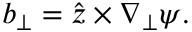
\boldsymbol { b } _ { \perp } = \hat { \boldsymbol { z } } \times \nabla _ { \perp } \psi .